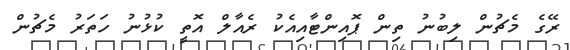
ރޭގެ މެޗުން ލިބުނު ތިން ޕޮއިންޓާއިއެކު ރެއާލް އޮތީ ކުޅުނު ހަތަރު މެޗުން